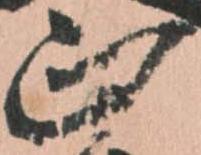
正